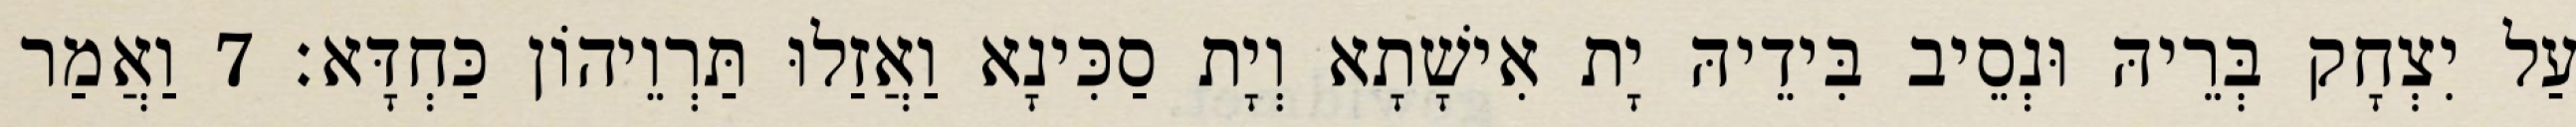
עַל יִצְחָק בְּרֵיהּ וּנְסֵיב בִּידֵיהּ יָת אִישָׁתָא וְיָת סַכִּינָא וַאֲזַלוּ תַּרְוֵיהוֹן כַּחְדָּא׃ 7 וַאֲמַר